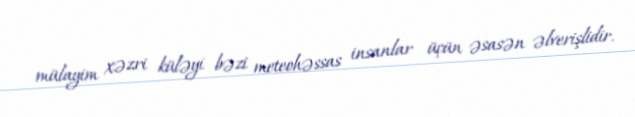
mülayim xəzri küləyi bəzi meteohəssas insanlar üçün əsasən əlverişlidir.